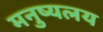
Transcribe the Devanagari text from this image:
मनुष्यलय